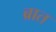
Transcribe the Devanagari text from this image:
ब्रात